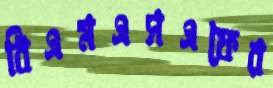
বিএমএসএফের